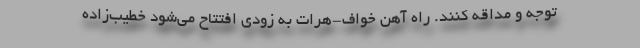
توجه و مداقه کنند. راه آهن خواف-هرات به زودی افتتاح می‌شود خطیب‌زاده